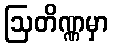
ဩတိဏ္ဏမှာ